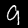
Digit: 9